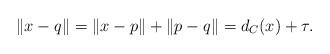
LaTeX: \begin{align*}\|x-q\|=\|x-p\|+\|p-q\|=d_C(x)+\tau.\end{align*}